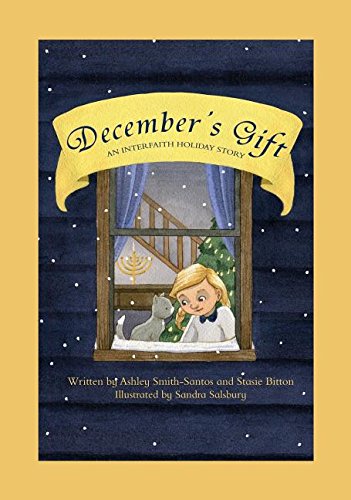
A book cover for December's Gift: An Interfaith Holiday Story; Ashley Smith-Santos; Children's Books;